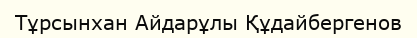
Тұрсынхан Айдарұлы Құдайбергенов